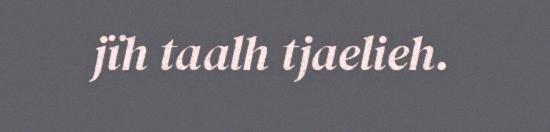
jïh taalh tjaelieh.